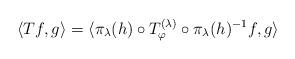
LaTeX: \begin{align*} \langle T f, g \rangle = \langle \pi_\lambda(h) \circ T^{(\lambda)}_\varphi \circ \pi_\lambda(h)^{-1} f, g\rangle\end{align*}